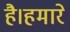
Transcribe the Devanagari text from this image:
है।हमारे